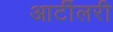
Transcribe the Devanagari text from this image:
आर्टीलरी